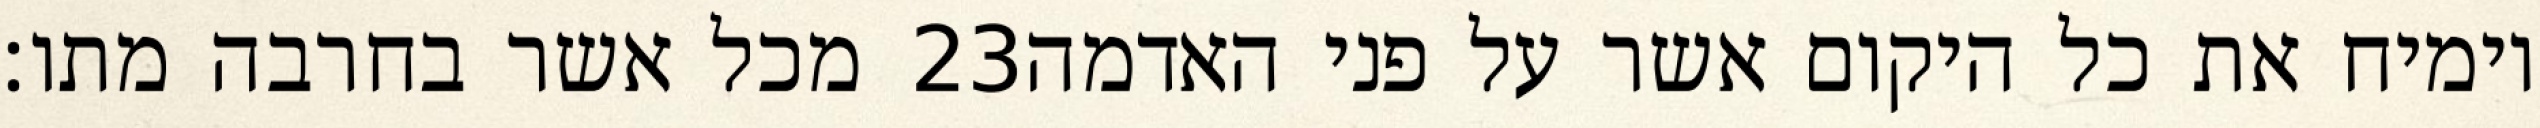
מכל אשר בחרבה מתו׃ ‎23‏ וימיח את כל היקום אשר על פני האדמה